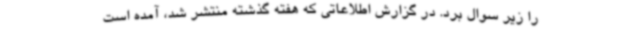
را زیر سوال برد. در گزارش اطلاعاتی که هفته گذشته منتشر شد، آمده است